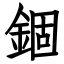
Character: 錮